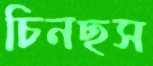
চিনছস